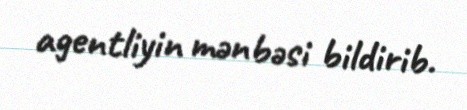
agentliyin mənbəsi bildirib.